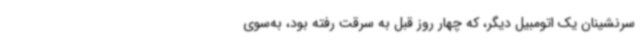
سرنشینان یک اتومبیل دیگر، که چهار روز قبل به سرقت رفته بود، به‌سوی